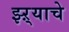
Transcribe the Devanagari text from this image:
झ्ऱ्याचे